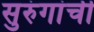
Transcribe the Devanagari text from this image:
सुरुंगांची